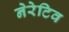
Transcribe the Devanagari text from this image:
नेरेटिव